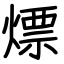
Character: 熛